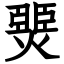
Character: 燛